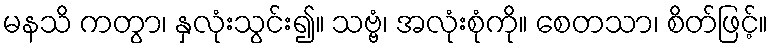
မနသိ ကတွာ၊ နှလုံးသွင်း၍။ သဗ္ဗံ၊ အလုံးစုံကို။ စေတသာ၊ စိတ်ဖြင့်။